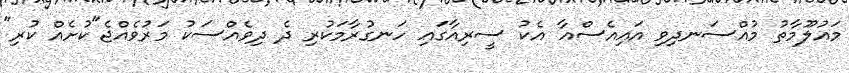
މައުލޫމާތު މުއްސަނދިވި އައިއެސްއާ އެކު ސީރިއާގައި ހަނގުރާމަކުރި ދެ ދިވެއްސަކު މަރުވެއްޖެ"ކުށެއް ކުރި"